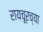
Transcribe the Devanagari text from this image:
रायचूरच्या